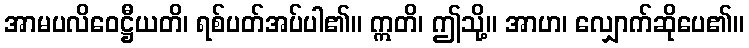
အာမပလိဝေဋ္ဌီယတိ၊ ရစ်ပတ်အပ်ပါ၏။ ဣတိ၊ ဤသို့။ အာဟ၊ လျှောက်ဆိုပေ၏။